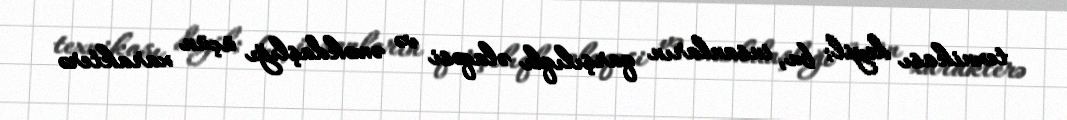
texnikası deyil; bu, insanların qarşılıqlı əlaqəsi və əməkdaşlığı üçün xarakterə